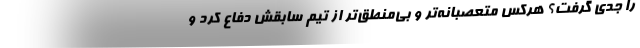
را جدی گرفت؟ هرکس متعصبانه‌تر و بی‌منطق‌تر از تیم سابقش دفاع کرد و